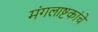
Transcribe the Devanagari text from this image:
मंगलाष्टकांचे